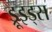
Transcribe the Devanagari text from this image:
ड्रूइड्स